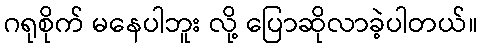
ဂရုစိုက် မနေပါဘူး လို့ ပြောဆိုလာခဲ့ပါတယ်။